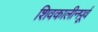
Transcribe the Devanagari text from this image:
शिवकालीनपूर्व